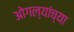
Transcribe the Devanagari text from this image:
ओगल्यांच्या